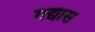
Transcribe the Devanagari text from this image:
गद्यास